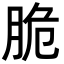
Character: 脆